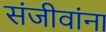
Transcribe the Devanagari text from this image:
संजीवांना